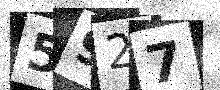
Text: 5927